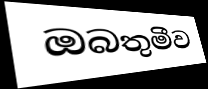
ඔබතුමීව